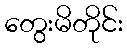
တွေးမိတိုင်း